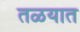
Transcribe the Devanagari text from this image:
तळयात